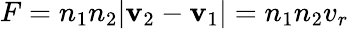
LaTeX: F=n_{1}n_{2}|\mathbf{v}_{2}-\mathbf{v}_{1}|=n_{1}n_{2}v_{r}